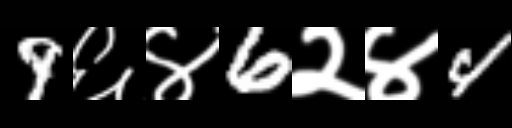
Text: 9६४6२४4